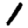
Digit: 1